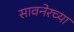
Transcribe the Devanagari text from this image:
सावनेरच्या